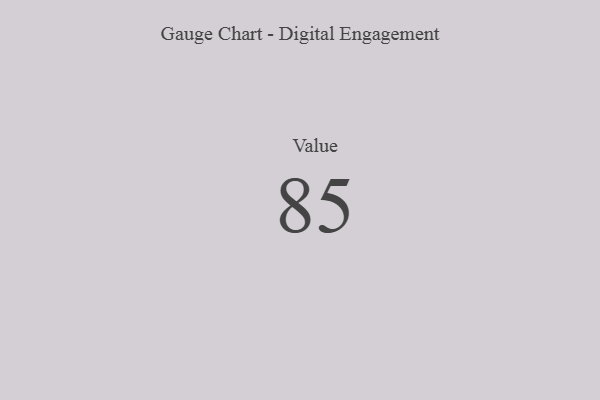
{"axis": {"x": "Metric", "y": "Value"}, "legend": [""], "data": [{"x": "Value", "y": 85, "type": ""}]}